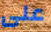
على